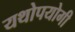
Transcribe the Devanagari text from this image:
यथोपयोगी